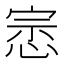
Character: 𭝛